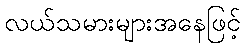
လယ်သမားများအနေဖြင့်